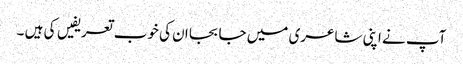
آپ نے اپنی شاعری میں جا بجا ان کی خوب تعریفیں کی ہیں ۔